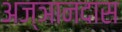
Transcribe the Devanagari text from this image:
अज्ञानदास